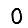
Digit: 0